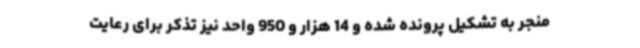
منجر به تشکیل پرونده شده و 14 هزار و 950 واحد نیز تذکر برای رعایت